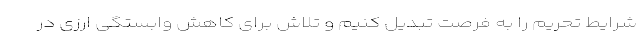
شرایط تحریم را به فرصت تبدیل کنیم و تلاش برای کاهش وابستگی ارزی در